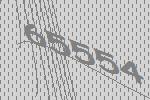
65554